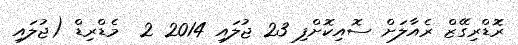
ރޮޑްރިގޭޒް ރެއާލަށް ސޮއިކޮށްފި 23 ޖުލައި 2014 2  މެޑްރިޑް (ޖުލައި